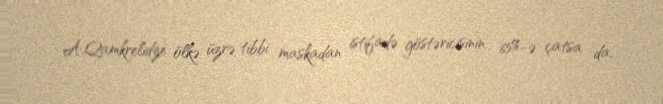
A.Qamkrelidze ölkə üzrə tibbi maskadan istifadə göstəricisinin 65%-ə çatsa da,